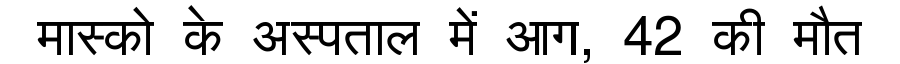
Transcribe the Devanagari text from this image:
मास्को के अस्पताल में आग, 42 की मौत